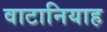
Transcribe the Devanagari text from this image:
वाटानियाह